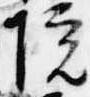
院